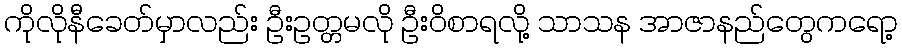
ကိုလိုနီခေတ်မှာလည်း ဦးဥတ္တမလို ဦးဝိစာရလို့ သာသန အာဇာနည်တွေကရော့